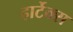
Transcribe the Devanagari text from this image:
हार्टेक्स